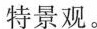
特景观。